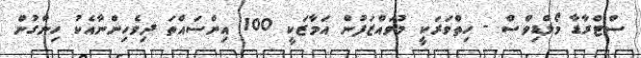
ސްޓްރާޑާ މޯލްޑިވްސް - ހިތްވަރަކީ މުވައްޒަފުން އަމާޒަކީ 100 އިންސައްތަ ދިވެހިންނާއެކު ހިންގުން